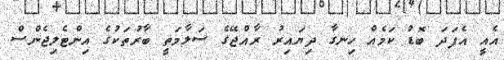
އެއީ އެފަދަ ބޮޑު ކަމެއް ހިނގާ ދިޔައިރު ރާއްޖޭގެ ސަލާމަތީ ބާރުތަކުގެ އިންޓެލިޖެންސް